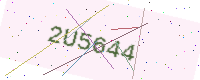
Text: 2U5644